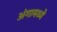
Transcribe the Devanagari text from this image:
अंगामध्ये